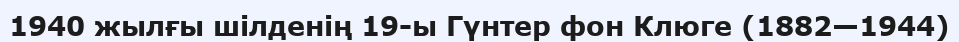
1940 жылғы шілденің 19-ы Гүнтер фон Клюге (1882—1944)